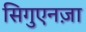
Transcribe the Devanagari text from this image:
सिगुएनज़ा